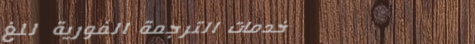
خدمات الترجمة الفورية للغ